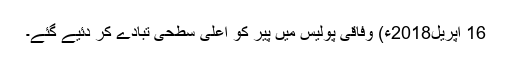
16 اپریل2018ء) وفاقی پولیس میں پیر کو اعلیٰ سطحی تبادے کر دئیے گئے۔